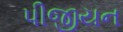
પીજીયન